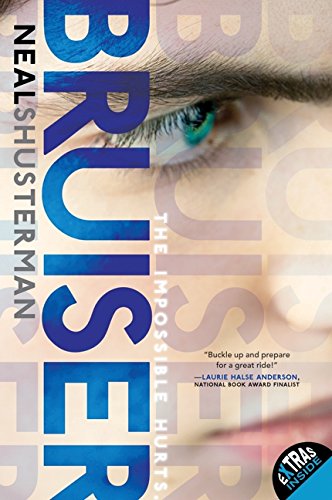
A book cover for Bruiser; Neal Shusterman; Teen & Young Adult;